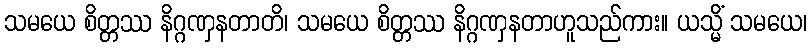
သမယေ စိတ္တဿ နိဂ္ဂဏှနတာတိ၊ သမယေ စိတ္တဿ နိဂ္ဂဏှနတာဟူသည်ကား။ ယသ္မိံ သမယေ၊